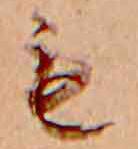
も